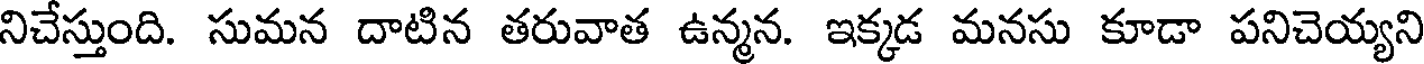
నిచేస్తుంది. సుమన దాటిన తరువాత ఉన్మన. ఇక్కడ మనసు కూడా పనిచెయ్యని